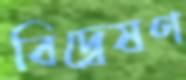
বিদ্বেষণ